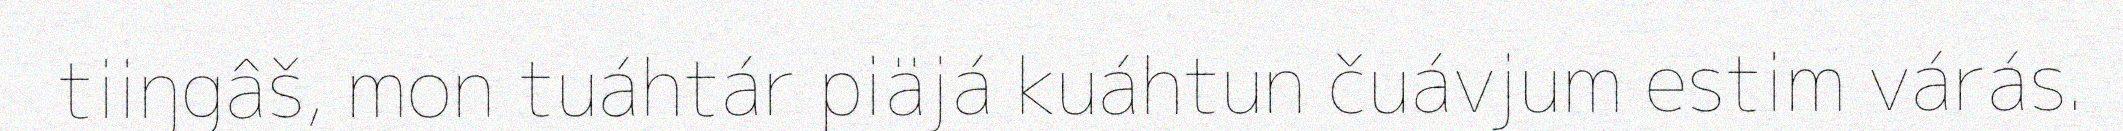
tiiŋgâš, mon tuáhtár piäjá kuáhtun čuávjum estim várás.